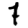
Digit: 7